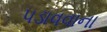
પડાવવાના